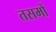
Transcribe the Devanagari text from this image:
तसमों